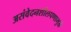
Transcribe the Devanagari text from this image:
असंवेदनशीलपणामुळे